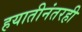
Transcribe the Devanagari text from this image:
हयातीनंतरही